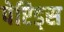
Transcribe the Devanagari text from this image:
पेप्टिड्स